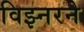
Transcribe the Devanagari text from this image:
विझ्नरने